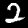
Label: 2